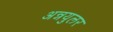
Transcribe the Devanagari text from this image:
अन्नयुलर